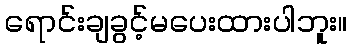
ရောင်းချခွင့်မပေးထားပါဘူး။